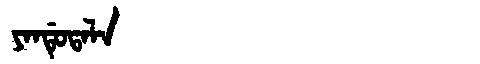
Manchu: ᠶᠠᠨᡩᡠᡨᠠᠯᠠ
Romanization: YANDUTALA